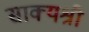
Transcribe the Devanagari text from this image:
साक्यश्री